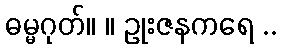
ဓမ္မဂုတ်။ ။ ဥုးဇနကရေ ..